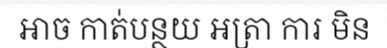
អាច កាត់បន្ថយ អត្រា ការ មិន